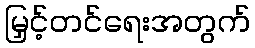
မြှင့်တင်ရေးအတွက်